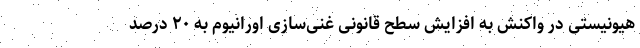
هیونیستی در واکنش به افزایش سطح قانونی غنی‌سازی اورانیوم به ۲۰ درصد